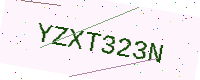
Text: YZXT323N